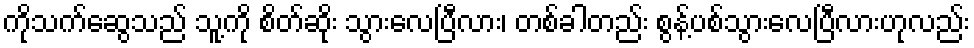
ကိုသက်ဆွေသည် သူ့ကို စိတ်ဆိုး သွားလေပြီလား၊ တစ်ခါတည်း စွန့်ပစ်သွားလေပြီလားဟုလည်း